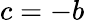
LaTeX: c=-b